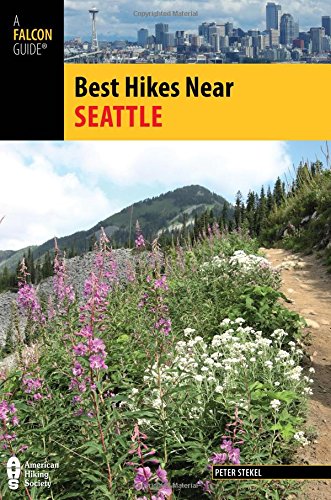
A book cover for Best Hikes Near Seattle (Best Hikes Near Series); Peter Stekel; Travel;